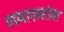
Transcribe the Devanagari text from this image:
वयमानाबरोबर